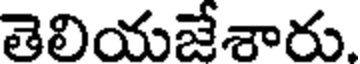
తెలియజేశారు.